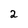
Character: 2